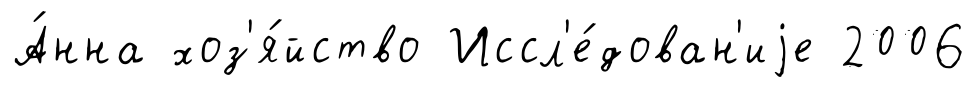
А́нна хоз'я́йство Иссл'е́дован'иjе 2006